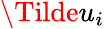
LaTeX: \Tilde{u}_{i}